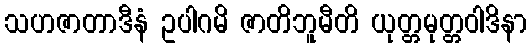
သဟဇာတာဒီနံ ဥပါဂမိ ဇာတိဘူမီတိ ယုတ္တမုတ္တဝါဒိနာ